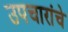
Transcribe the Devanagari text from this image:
उपचारांचे